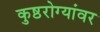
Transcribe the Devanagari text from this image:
कुष्ठरोग्यांवर